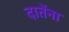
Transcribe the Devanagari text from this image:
दातेंना